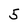
Character: 5